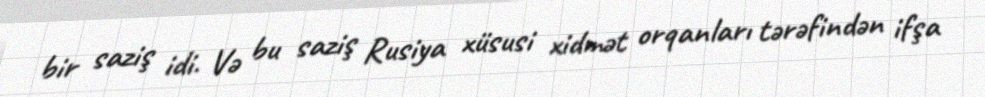
bir saziş idi. Və bu saziş Rusiya xüsusi xidmət orqanları tərəfindən ifşa